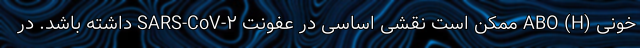
خونی (ABO (H ممکن است نقشی اساسی در عفونت SARS-CoV-۲ داشته باشد. در